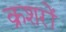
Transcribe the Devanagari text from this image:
क्रशरों